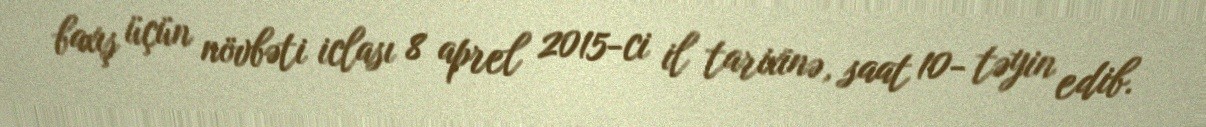
baxış üçün növbəti iclası 8 aprel 2015-ci il tarixinə, saat 10- təyin edib.